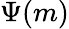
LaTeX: \Psi(m)